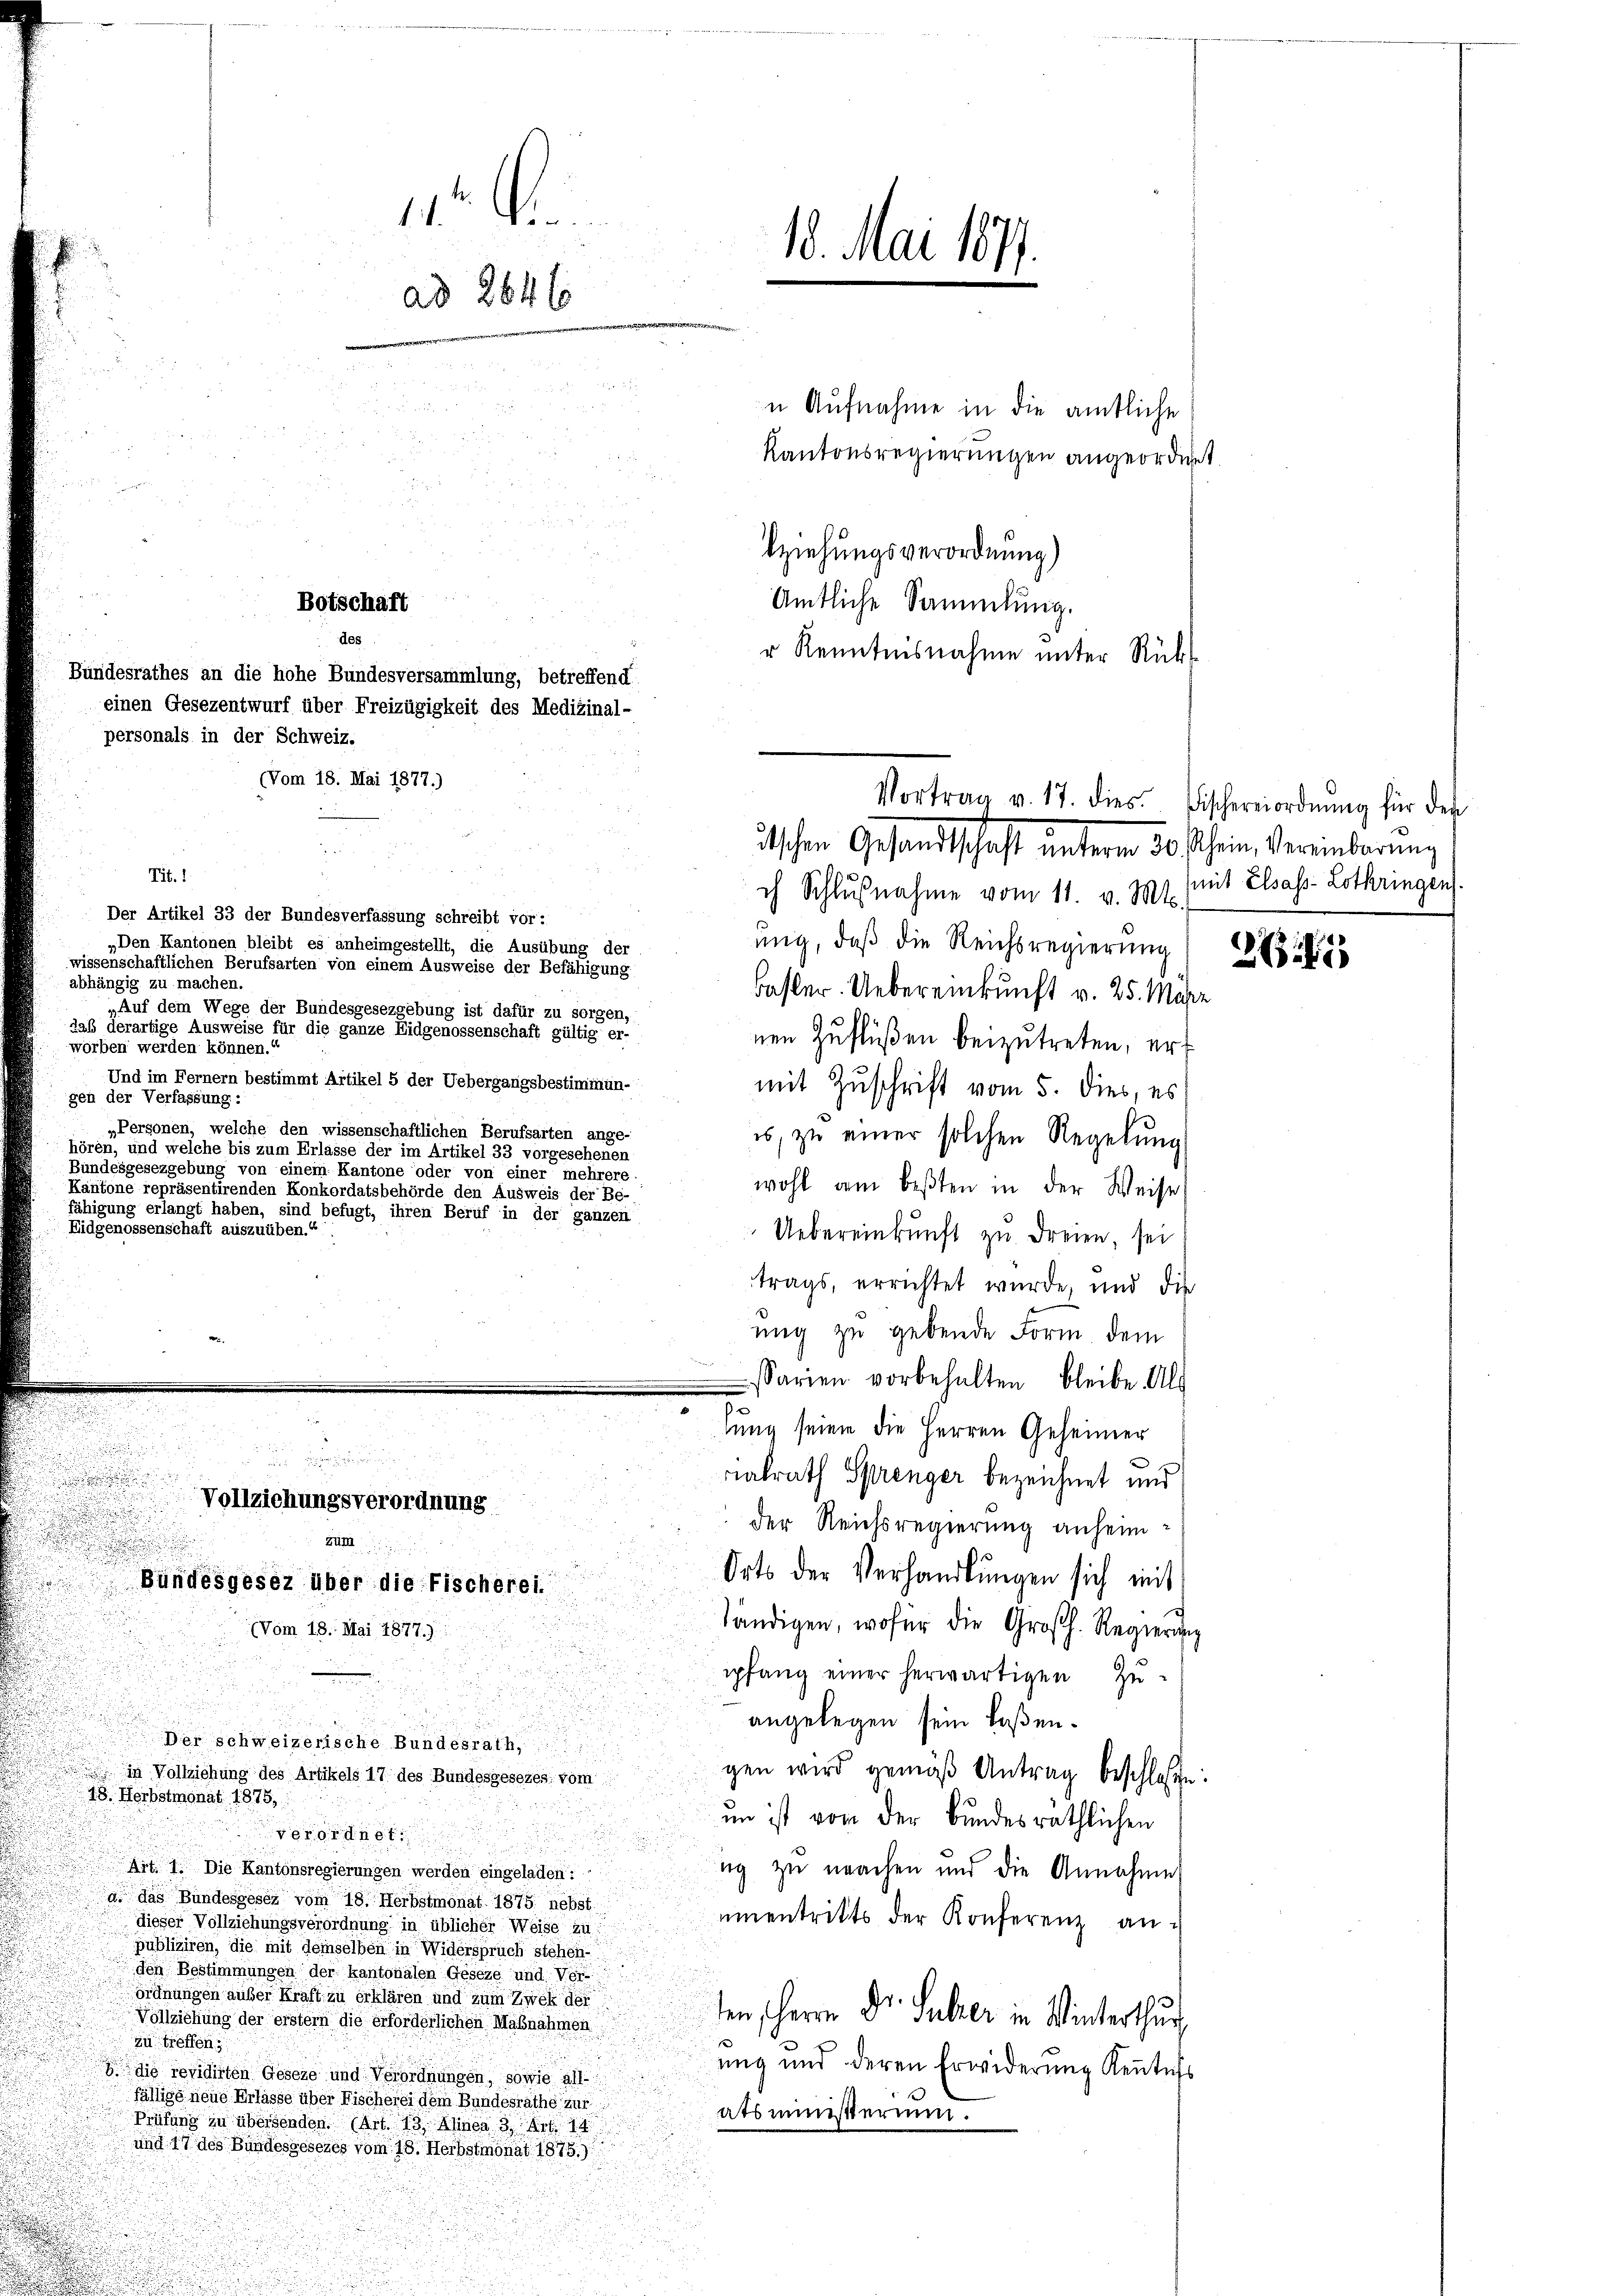
personals in der Schweiz.

u

1 der in
18. Mai 1877.
ad 2646

n Aufnahme in die amtliche
Kantonsregierungen angeordnet

Botschaft
des

Bundesrathes an die hohe Bundesversammlung, betreffend
einen Gesezentwurf über Freizügigkeit des Medizinal-

lziehungsverordnung)
Amtliche Sammlung.
r Renntnisnahme unter Rück¬

(Vom 18. Mai 1877.)
Tit. 1
ch Schlŭβnahme vom 11. v. 191. (mit Elsass-Lothringen.
Der Artikel 33 der Bundesverfassung schreibt vor:
„Den Kantonen bleibt es anheimgestellt, die Ausübung der
mig, daß die Reichsregierung
wissenschaftlichen Berufsarten von einem Ausweise der Befähigung
abhängig zu machen.
Basler. Uebereinkunft v. 25. Mär
„Auf dem Wege der Bundesgesezgebung ist dafür zu sorgen,
daß derartige Ausweise für die ganze Eidgenossenschaft gültig er-
nen Zuflüßen beizutreten, er
worben werden können.
Und im Ferner bestimmt Artikel 5 der Uebergangsbestimmun-
mit Zuschrift vom 5. dies, es
gen der Verfassung:
„Personen, welche den wissenschaftlichen Berufsarten ange-
es, zu einer solchen Regelung
hören, und welche bis zum Erlasse der im Artikel 33 vorgesehenen
Bundesgesezgebung von einem Kantone oder von einer mehrere
wohl am beßten in der Weise
Kantone repräsentirenden Konkordatsbehörde den Ausweis der Be-
fähigung erlangt haben, sind befugt, ihren Beruf in der ganzen
Eidgenossenschaft auszuüben.“
Uebereinkunft zu Freien sei
trags, errichtet wurde, und die
ung zu gebende Form dem
sarien vorbehalten bleibe. Als
.
nung seien die Herren Geheimer
d
rialrath Sprenger bezeichnet und
Vollziehungsverordnung
der Reichsregierung anheimür
Orts der Verhandlungen sich mit
Bundesgesez über die Fischerei.
tändigen, wofür die Großh. Regierŭng
(Vom 18. Mai 1877.)
pfang einer herwärtigen Zuangelegen sein laßen.
Der schweizerische Bundesrath,
gen wird gemäß Antrag beschlossen
 in Vollziehung des Artikels 17 des Bundesgesezes. vom
28. Herbstmonat 1875,
im ist von der Bundesräthlichen
verordnet
ug zu machen und die Annahme
Auf 1. Die Kantonsregierungen werden eingeladen?
a. das Bundesgesez vom 18. Herbstmonat 1875. nebst
ŭnentritts der Konferenz andieser Vollziehungsverordnung in üblicher Weise zu
publiziren, die mit demselben in Widerspruch stehen-
den Bestimmungen der kantonalen Geseze und Ver-
ordnungen außer Kraft zu erklären und zum Zwek der
ten, Herrn Dr. Sulzer in Winterthur,
Vollziehung der erstem die erforderlichen Maßnahmen
zu treffen:
ung und deren Erwiderung Kenntnis
die revidirten Geseze und Verordnungen, sowie all-
fällige neue Erlasse über Fischerei dem Bundesrathe zur
atsministerium.
Prüfung zu übersenden. (Art. 13. Ahnen 3. Art. 14
und 17 des Bundesgesezes vom 18. Herbstmonat 1875.)

Vortrag v. 17. dies Fischereiordnŭng für der
utschen Gesandtschaft unterm 30. Rhein, Vereinbarung

.

2